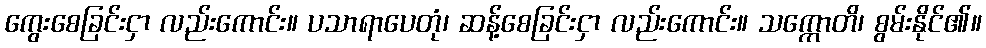
ကွေးစေခြင်းငှာ လည်းကောင်း။ ပသာရာပေတုံ၊ ဆန့်စေခြင်းငှာ လည်းကောင်း။ သက္ကောတိ၊ စွမ်းနိုင်၏။